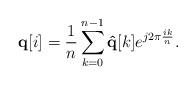
LaTeX: \begin{align*}{\bf q}[i] = \frac{1}{n}\sum\limits_{k=0}^{n-1}{\bf \hat{q}}[k]e^{j2\pi \frac{ik}{n}}.\end{align*}